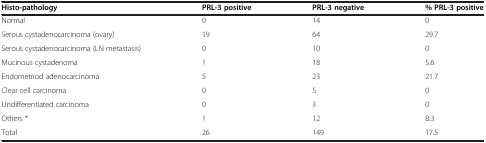
| Histo-pathology | PRL-3 positive | PRL-3 negative | % PRL-3 positive |
 | --- | --- | --- | --- |
 | Normal | 0 | 14 | 0 |
 | Serous cystadenocarcinoma (ovary) | 19 | 64 | 29.7 |
 | Serous cystadenocarcinoma (LN metastasis) | 0 | 10 | 0 |
 | Mucinous cystadenoma | 1 | 18 | 5.6 |
 | Endometriod adenocarcinoma | 5 | 23 | 21.7 |
 | Clear cell carcinoma | 0 | 5 | 0 |
 | Undifferentiated carcinoma | 0 | 3 | 0 |
 | Others * | 1 | 12 | 8.3 |
 | Total | 26 | 149 | 17.5 |